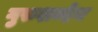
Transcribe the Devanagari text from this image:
गुरुशब्देन